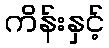
ကိန်းနှင့်